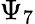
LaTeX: \Psi_{7}